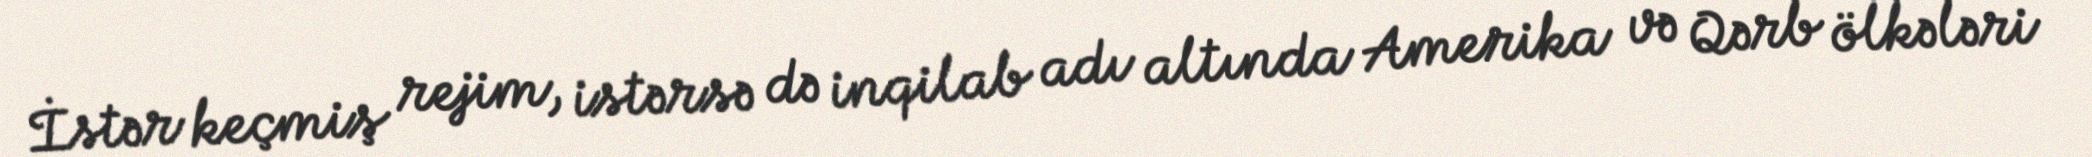
İstər keçmiş rejim, istərsə də inqilab adı altında Amerika və Qərb ölkələri